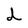
Character: d